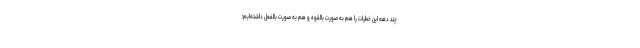
چند دهه این خطرات را هم به صورت بالقوه و هم به صورت بالفعل داشته‌ایم؛